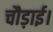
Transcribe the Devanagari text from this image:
चौड़ाई।